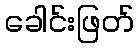
ခေါင်းဖြတ်